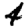
Digit: 4